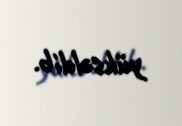
yüksəldib.